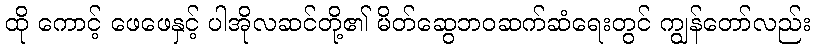
ထို ကောင့် ဖေဖေနှင့် ပါအိုလဆင်တို့၏ မိတ်ဆွေဘဝဆက်ဆံရေးတွင် ကျွန်တော်လည်း